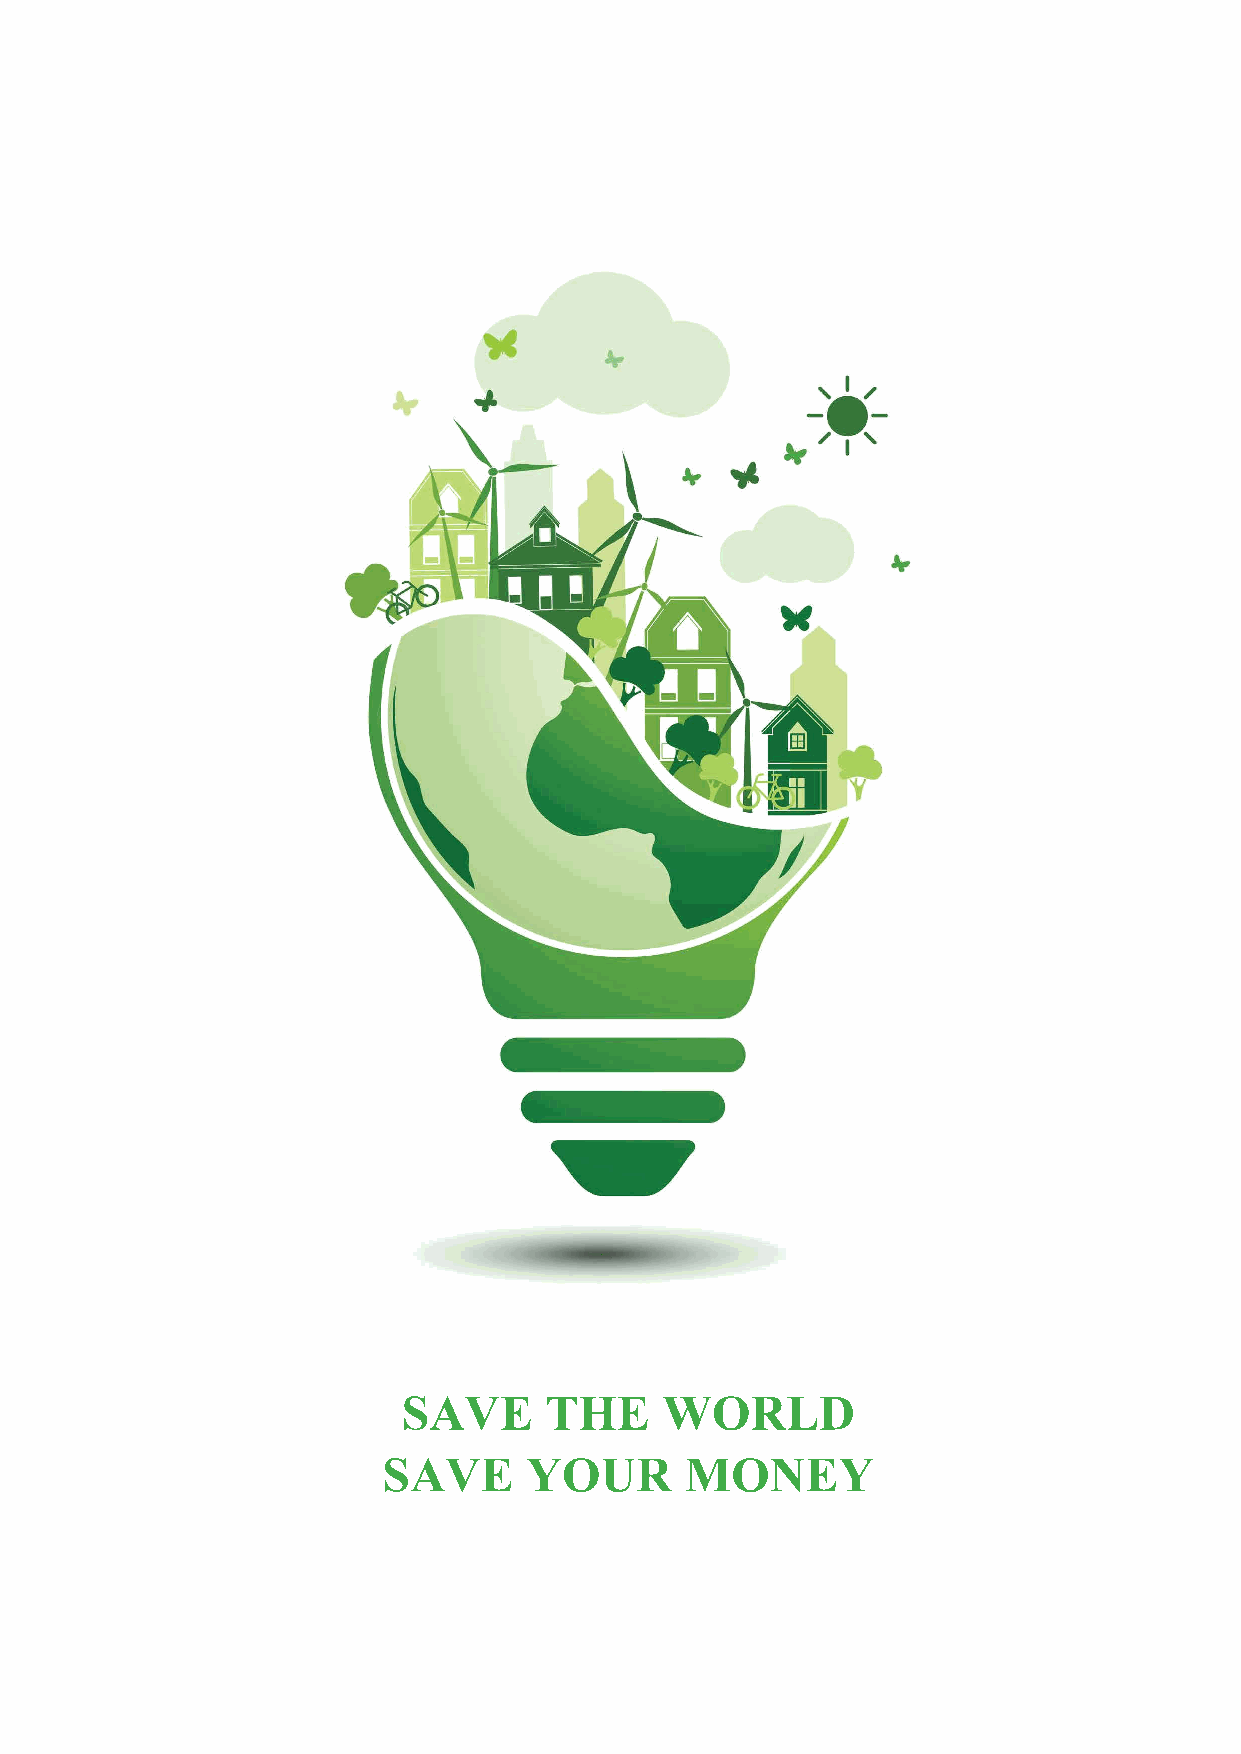
SAVE     THE     WORLD
 SAVE      YOUR      MONEY